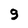
Character: 9